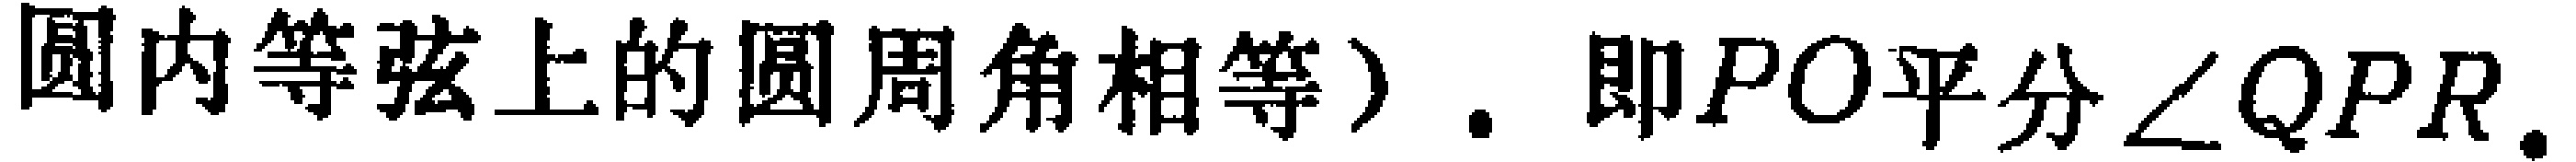
圆内等弦上的圆周角相等）. 即\(PO\)平分\(\angle QPR\).